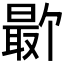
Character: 𪱕